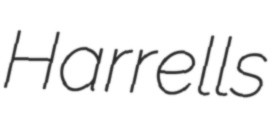
Harrells